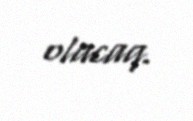
olacaq.